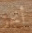
أنجز